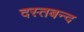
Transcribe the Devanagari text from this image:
दस्तबन्द